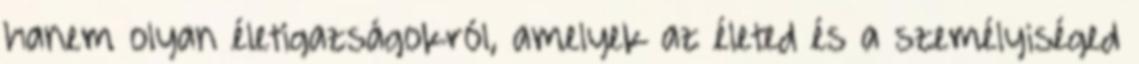
hanem olyan életigazságokról, amelyek az életed és a személyiséged